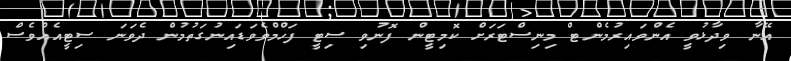
އޭނާ ވިދާޅުވީ އެންވައިރުމެންޓް މިނިސްޓަރަށް ކޮމިޓީން ފޮނުވި ސިޓީ ފަހްމްވެވަޑައިނުގަތުމުން ދެވަނަ ސިޓީއެއްވެސް